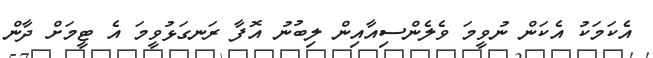
އެކަމަކު އެކަން ނުވީމަ ވެލެންސިއާއިން ލިބުނު އޮފާ ރަނގަޅުވީމަ އެ ޓީމަށް ދާން